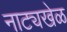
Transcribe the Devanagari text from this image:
नाट्यखेळ